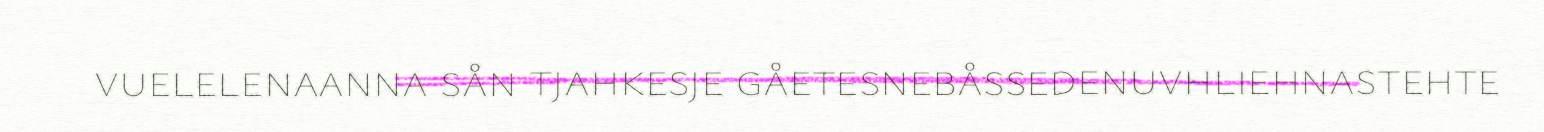
vuelelenaanna sån tjahkesje gåetesnebåssedenuvhliehnastehte